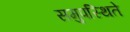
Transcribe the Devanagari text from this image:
समुपस्थिते